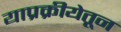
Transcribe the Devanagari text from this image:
याप्रक्रीयेतून